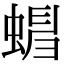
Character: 𧍺